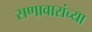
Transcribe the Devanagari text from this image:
सणावारांच्या